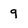
Character: 9